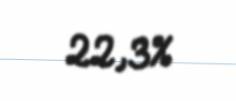
22,3%